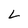
Character: L